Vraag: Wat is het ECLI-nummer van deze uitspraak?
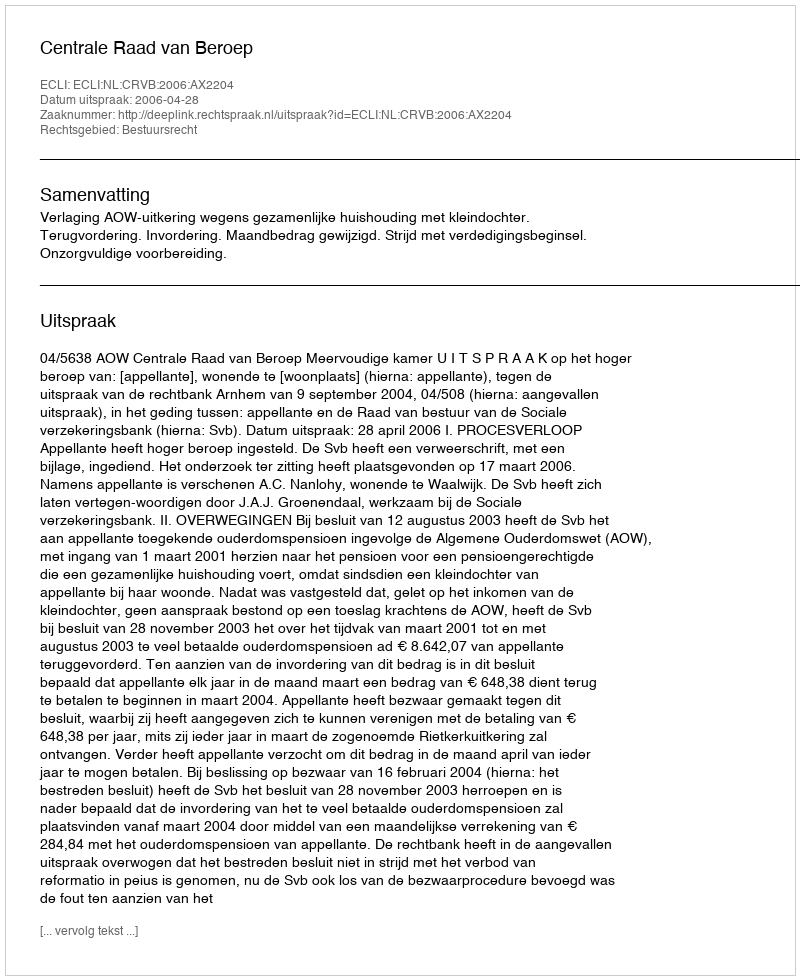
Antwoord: ECLI:NL:CRVB:2006:AX2204